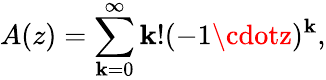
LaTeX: A(z)=\sum_{\mathbf{k}=0}^{\infty}\mathbf{k}!(-1\cdotz)^{\mathbf{k}},